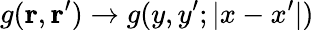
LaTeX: g(\mathbf{r},\mathbf{r}^{\prime})\to g(y,y^{\prime};|x-x^{\prime}|)